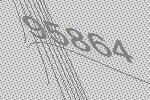
95864